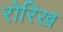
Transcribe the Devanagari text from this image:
रोरिख